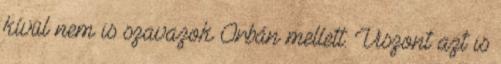
kívül nem is szavazok Orbán mellett. Viszont azt is